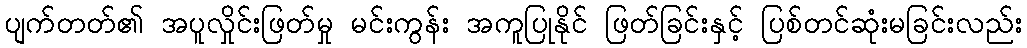
ပျက်တတ်၏ အပူလှိုင်းဖြတ်မှု မင်းကွန်း အကူပြုနိုင် ဖြတ်ခြင်းနှင့် ပြစ်တင်ဆုံးမခြင်းလည်း